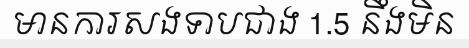
មានការសងទាបជាង 1.5 នឹងមិន